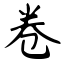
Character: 卷